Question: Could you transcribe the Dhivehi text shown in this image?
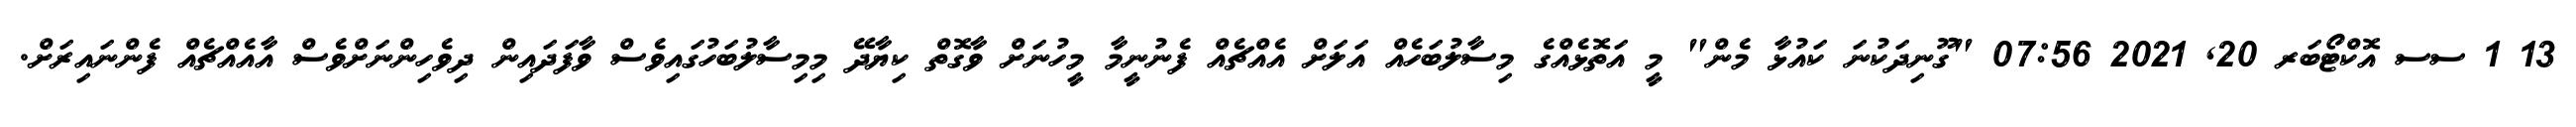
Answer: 13 1 ސސ އޮކްޓޯބަރ 20, 2021 07:56 "ގޫނިދަކުނަ ކައުޅާ މެން" މީ އަތޮޅެއްގެ މިސާލުބަހެއް އަލަށް އެއްޗެއް ފެނުނީމާ މީހުނަށް ވާގޮތް ކިޔާދޭ މިމިސާލުބަހުގައިވެސް ވާފަދައިން ދިވެހިންނަށްވެސް އާއެއްޗެއް ފެންނައިރަށް.